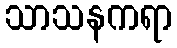
သာသနကရာ